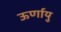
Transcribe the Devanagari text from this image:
ऊर्णायु